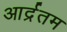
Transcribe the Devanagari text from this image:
आर्द्रतम